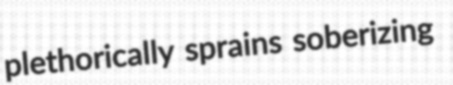
plethorically sprains soberizing